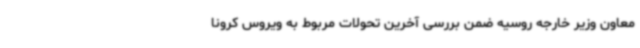
معاون وزیر خارجه روسیه ضمن بررسی آخرین تحولات مربوط به ویروس کرونا